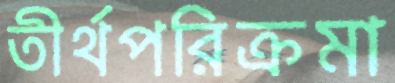
তীর্থপরিক্রমা